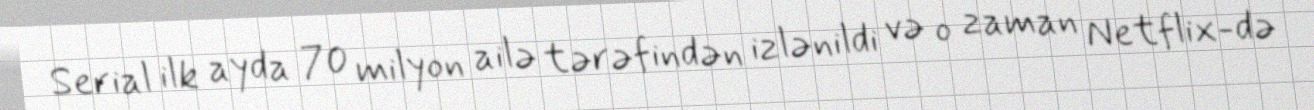
Serial ilk ayda 70 milyon ailə tərəfindən izlənildi və o zaman Netflix-də